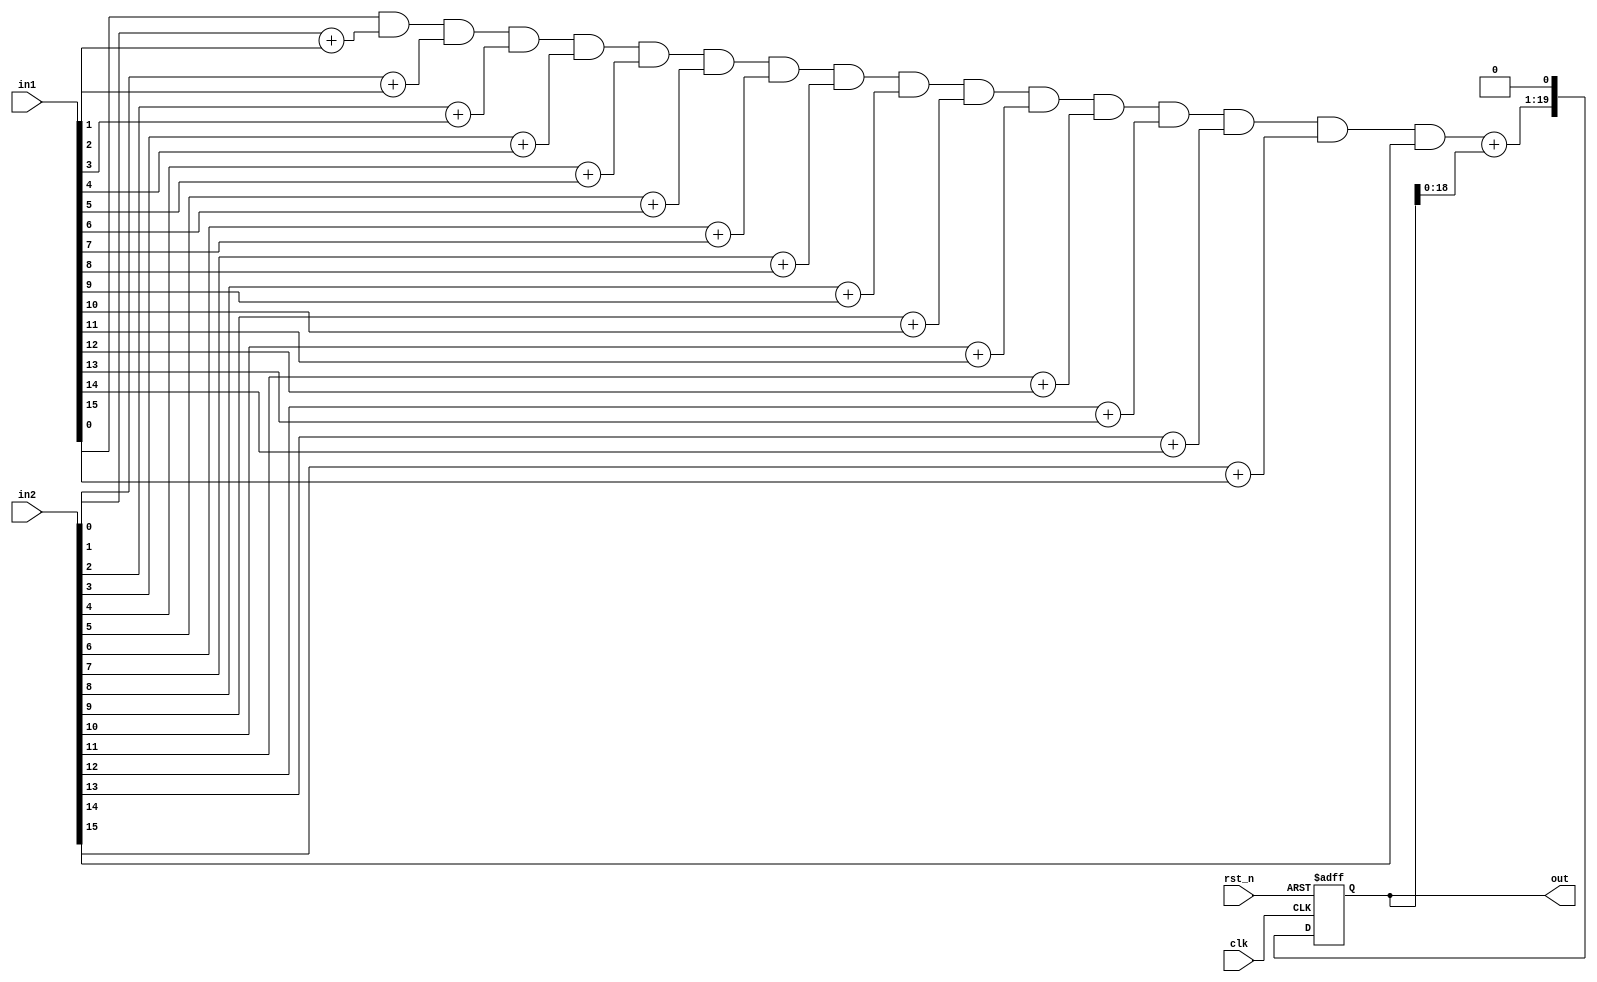
module b16_loom_AC1 (
  input clk,
  input rst_n, 
// in1, in2
  input [15:0] in1,
  input [15:0] in2,
// output 
  output [19:0] out
);

wire [3:0] psum;
assign psum = in1[0]  &  in2[0]
            + in1[1]  &  in2[1]
            + in1[2]  &  in2[2]
            + in1[3]  &  in2[3]
            + in1[4]  &  in2[4]
            + in1[5]  &  in2[5]
            + in1[6]  &  in2[6]
            + in1[7]  &  in2[7]
            + in1[8]  &  in2[8]
            + in1[9]  &  in2[9]
            + in1[10] &  in2[10]
            + in1[11] &  in2[11]
            + in1[12] &  in2[12]
            + in1[13] &  in2[13]
            + in1[14] &  in2[14]
            + in1[15] &  in2[15]
			;

reg [19:0] out;
always @ (posedge clk or negedge rst_n) begin
	if (rst_n == 1'b0) begin
		out		<= 20'b0;
	end else begin
		out		<= psum + out<<1;
	end
end

endmodule